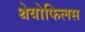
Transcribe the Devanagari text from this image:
थेयोफिलस